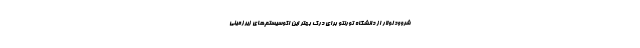
شروود لولار از دانشگاه تورنتو برای درک بهتر این اکوسیستم‌های زیرزمینی